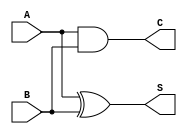
module half_adder (
    input wire A,  // First input
    input wire B,  // Second input
    output wire S, // Sum output
    output wire C  // Carry output
);

// Sum output using XOR operation
assign S = A ^ B;

// Carry output using AND operation
assign C = A & B;

endmodule